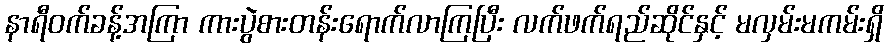
နာရီဝက်ခန့်အကြာ ကားပွဲစားတန်းရောက်လာကြပြီး လက်ဖက်ရည်ဆိုင်နှင့် မလှမ်းမကမ်းရှိ